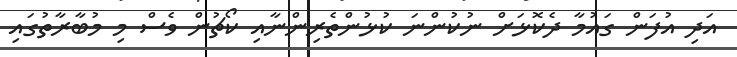
އަދި އުފަން ގައުމާ ދެކޮޅަށް ނުކުންނަ ކުޅުންތެރިންނާއި ކޯޗުން ވެސް މި މުބާރާތުގައި